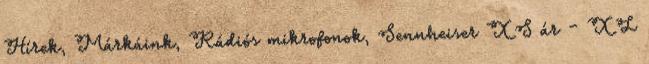
Hírek, Márkáink, Rádiós mikrofonok, Sennheiser XS ár – XL